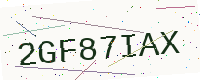
Text: 2GF87IAX